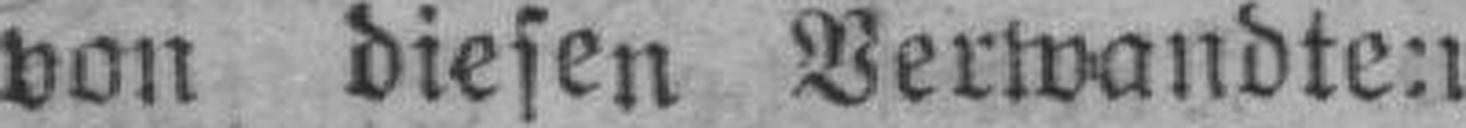
von diesen Verwandten